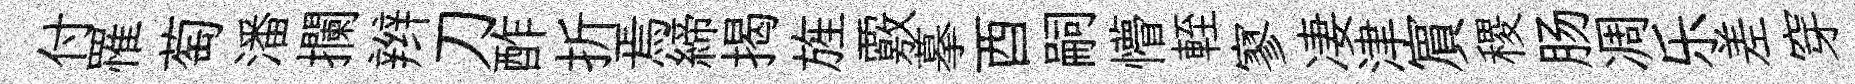
付罹萄潘攔辫刀酢折焉締揭旌覈摹酉嗣懵輊寥凄津賔稷肠凋乐差穿